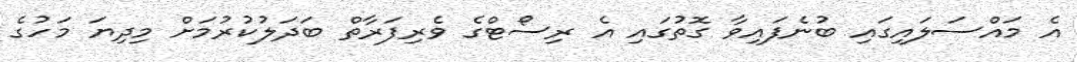
އެ މައްސަލައިގައި ބުނެފައިވާ ގޮތުގައި އެ ރިސޯޓްގެ ވެރިފަރާތް ބަދަލުކުރުމަށް މިދިޔަ މަހުގެ